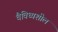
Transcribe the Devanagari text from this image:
वैविध्यशील